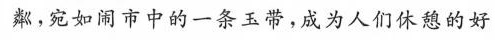
粼，宛如闹市中的一条玉带，成为人们休憩的好